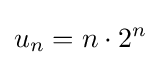
u_{n}=n\cdot 2^{n}